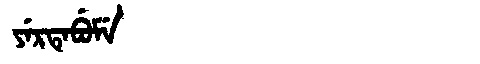
Manchu: ᠶᡝᡵᡨᡝᠪᡠᠮᡝ
Romanization: YERTEBUME